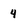
Character: 4